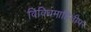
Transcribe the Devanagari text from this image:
विविधमाहितीपर